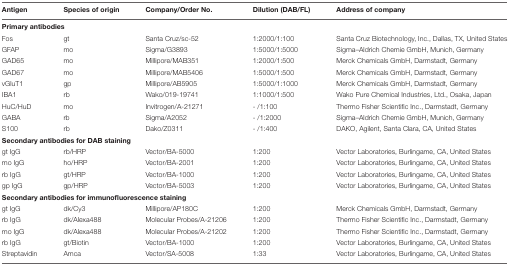
<table><thead><tr><td><b>Antigen</b></td><td><b>Species of origin</b></td><td><b>Company/Order No.</b></td><td><b>Dilution (DAB/FL)</b></td><td><b>Address of company</b></td></tr></thead><tbody><tr><td colspan="5"><b>Primary antibodies</b></td></tr><tr><td>Fos</td><td>gt</td><td>Santa Cruz/sc-52</td><td>1:2000/1:100</td><td>Santa Cruz Biotechnology, Inc., Dallas, TX, United States</td></tr><tr><td>GFAP</td><td>mo</td><td>Sigma/G3893</td><td>1:5000/1:5000</td><td>Sigma–Aldrich Chemie GmbH, Munich, Germany</td></tr><tr><td>GAD65</td><td>mo</td><td>Millipore/MAB351</td><td>1:2000/1:500</td><td>Merck Chemicals GmbH, Darmstadt, Germany</td></tr><tr><td>GAD67</td><td>mo</td><td>Millipore/MAB5406</td><td>1:5000/1:500</td><td>Merck Chemicals GmbH, Darmstadt, Germany</td></tr><tr><td>vGluT1</td><td>gp</td><td>Millipore/AB5905</td><td>1:5000/1:1000</td><td>Merck Chemicals GmbH, Darmstadt, Germany</td></tr><tr><td>IBA1</td><td>rb</td><td>Wako/019-19741</td><td>1:1000/1:500</td><td>Wako Pure Chemical Industries, Ltd., Osaka, Japan</td></tr><tr><td>HuC/HuD</td><td>mo</td><td>Invitrogen/A-21271</td><td>- /1:100</td><td>Thermo Fisher Scientific Inc., Darmstadt, Germany</td></tr><tr><td>GABA</td><td>rb</td><td>Sigma/A2052</td><td>- /1:2000</td><td>Sigma–Aldrich Chemie GmbH, Munich, Germany</td></tr><tr><td>S100</td><td>rb</td><td>Dako/Z0311</td><td>- /1:400</td><td>DAKO, Agilent, Santa Clara, CA, United States</td></tr><tr><td colspan="5"><b>Secondary antibodies for DAB staining</b></td></tr><tr><td>gt IgG</td><td>rb/HRP</td><td>Vector/BA-5000</td><td>1:200</td><td>Vector Laboratories, Burlingame, CA, United States</td></tr><tr><td>mo IgG</td><td>ho/HRP</td><td>Vector/BA-2001</td><td>1:200</td><td>Vector Laboratories, Burlingame, CA, United States</td></tr><tr><td>rb IgG</td><td>gt/HRP</td><td>Vector/BA-1000</td><td>1:200</td><td>Vector Laboratories, Burlingame, CA, United States</td></tr><tr><td>gp IgG</td><td>gp/HRP</td><td>Vector/BA-5003</td><td>1:200</td><td>Vector Laboratories, Burlingame, CA, United States</td></tr><tr><td colspan="5"><b>Secondary antibodies for immunofluorescence staining</b></td></tr><tr><td>gt IgG</td><td>dk/Cy3</td><td>Millipore/AP180C</td><td>1:200</td><td>Merck Chemicals GmbH, Darmstadt, Germany</td></tr><tr><td>rb IgG</td><td>dk/Alexa488</td><td>Molecular Probes/A-21206</td><td>1:200</td><td>Thermo Fisher Scientific Inc., Darmstadt, Germany</td></tr><tr><td>mo IgG</td><td>dk/Alexa488</td><td>Molecular Probes/A-21202</td><td>1:200</td><td>Thermo Fisher Scientific Inc., Darmstadt, Germany</td></tr><tr><td>rb IgG</td><td>gt/Biotin</td><td>Vector/BA-1000</td><td>1:200</td><td>Vector Laboratories, Burlingame, CA, United States</td></tr><tr><td>Streptavidin</td><td>Amca</td><td>Vector/SA-5008</td><td>1:33</td><td>Vector Laboratories, Burlingame, CA, United States</td></tr></tbody></table>